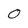
Character: O